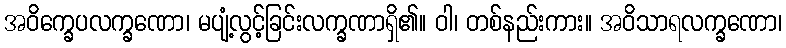
အဝိက္ခေပလက္ခဏော၊ မပျံ့လွင့်ခြင်းလက္ခဏာရှိ၏။ ဝါ၊ တစ်နည်းကား။ အဝိသာရလက္ခဏော၊